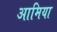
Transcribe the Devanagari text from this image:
आमिया